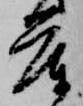
庫